Civil Veterinary Dept. Assam report 1927-50 - 1927-1950
Year: 1927
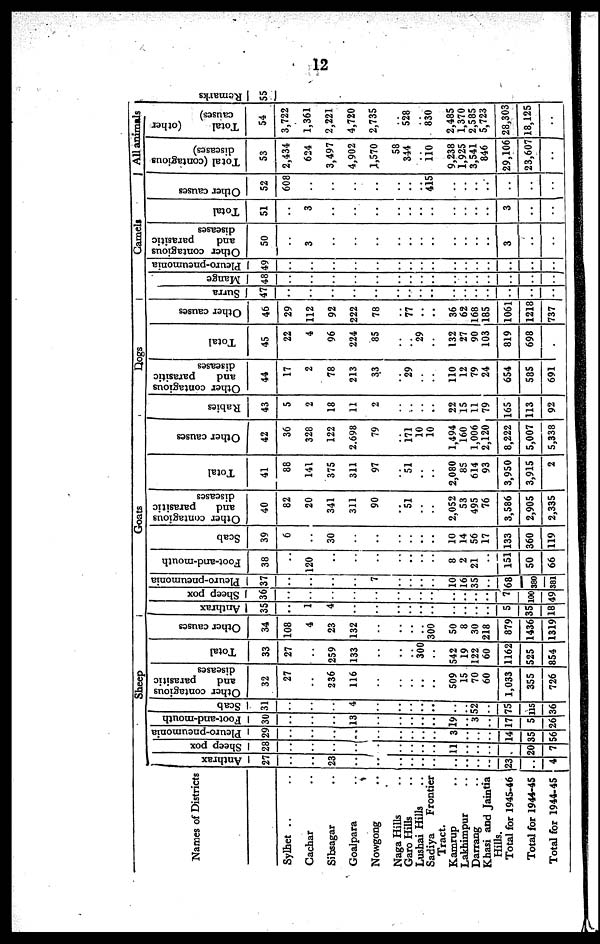
12
Names of Districts
Sylhet .. ..
Cachar ..
Sibsagar ..
Goalpara ..
Nowgong ..
Naga Hills ..
Garo Hills ..
Lushai Hills ..
Sadiya
Frontier
Tract.
Kamrup ..
Lakhimpur ..
Darrang ..
Khasi and Jaintia
Hills.
Total for 1945-46
Total for 1944-45
Total for 1944-45
Sheep
Anthrax
27
..
..
23
..
..
..
..
..
..
..
..
..
..
23
..
4
Sheep pox
Pleuro-pneumonia
28 29
.. ..
.. ..
.. ..
.. ..
.. ..
.. ..
.. ..
.. ..
.. ..
11 3
.. ..
.. ..
.. ..
14
20 35
7 56
Foot-and-mouth
30
..
..
..
13
..
..
..
..
..
19
..
3
..
17
5
26
Scab
31
..
..
..
4
..
..
..
..
..
..
..
52
..
75
115
36
Other contagious
and
parasitic
diseases
32
27
..
236
116
..
..
..
..
..
509
15
70
60
1,033
355
726
Total
33
27
..
259
133
..
..
..
300
..
542
19
122
60
1162
525
854
Other causes
34
108
4
23
132
..
..
..
..
300
50
8
30
218
879
1436
1319
Goats
Anthrax
35
..
1
4
..
..
..
..
..
..
..
..
..
..
5
35
18
Sheep pox
36
..
..
..
..
..
..
..
..
..
..
..
..
..
7
100
49
Pleuro-pneumonia
37
..
..
..
..
7
..
..
..
..
10
16
35
..
68
380
381
Foot-and-mouth
38
..
120
..
..
..
..
..
..
..
8
2
21
..
151
50
66
Scab
39
6
..
30
..
..
..
..
..
..
10
14
56
17
133
360
119
Other contagious
and
parasitic
diseases
40
82
20
341
311
90
..
51
..
..
2,052
53
495
76
3,586
2,905
2,335
Total
41
88
141
375
311
97
..
51
..
..
2,080
85
614
93
3,950
3,915
2
Other causes
42
36
328
122
2.698
79
..
171
10
10
1,494
160
1,006
2,120
8,222
5,007
5,338
Dogs
Rabies
43
5
2
18
11
2
..
..
..
..
22
15
11
79
165
113
92
Other contagious
and
parasitic
diseases
44
17
2
78
213
33
..
29
..
..
110
12
79
24
654
585
691
Total
45
22
4
96
224
85
..
..
29
..
132
27
90
103
819
698
..
Other causes
46
29
112
92
222
78
..
77
..
..
36
62
168
185
1061
1218
737
Camels
Surra
47
..
..
..
..
..
..
..
..
..
..
..
..
..
..
..
..
Mange
48
..
..
..
..
..
..
..
..
..
..
..
..
..
..
..
..
Pleuro-pneumonia
49
..
..
..
..
..
..
..
..
..
..
..
..
..
..
..
..
Other contagious
and
parasitic
diseases
50
..
3
..
..
..
..
..
..
..
..
..
..
..
3
..
..
Total
51
..
3
..
..
..
..
..
..
..
..
..
..
..
3
..
..
Other causes
52
608
..
..
..
..
..
..
..
415
..
..
..
..
..
..
..
All animals
Total (contagious
diseases)
53
2,434
624
3,497
4,902
1,570
58
344
..
110
9,238
1,925
3,541
846
29,106
23,607
..
Total
(other
causes)
54
3,722
1,361
2,221
4,720
2,735
..
528
..
830
2,485
1,370
2,585
5,723
28,303
18,125
..
Re ma r
ks
55